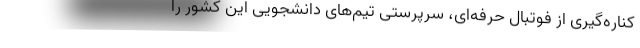
کناره‌گیری از فوتبال حرفه‌ای، سرپرستی تیم‌های دانشجویی این کشور را